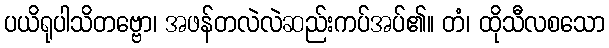
ပယိရုပါသိတဗ္ဗော၊ အဖန်တလဲလဲဆည်းကပ်အပ်၏။ တံ၊ ထိုသီလစသော